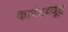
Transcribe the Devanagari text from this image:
कारंडव्यूह